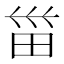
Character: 𱰭